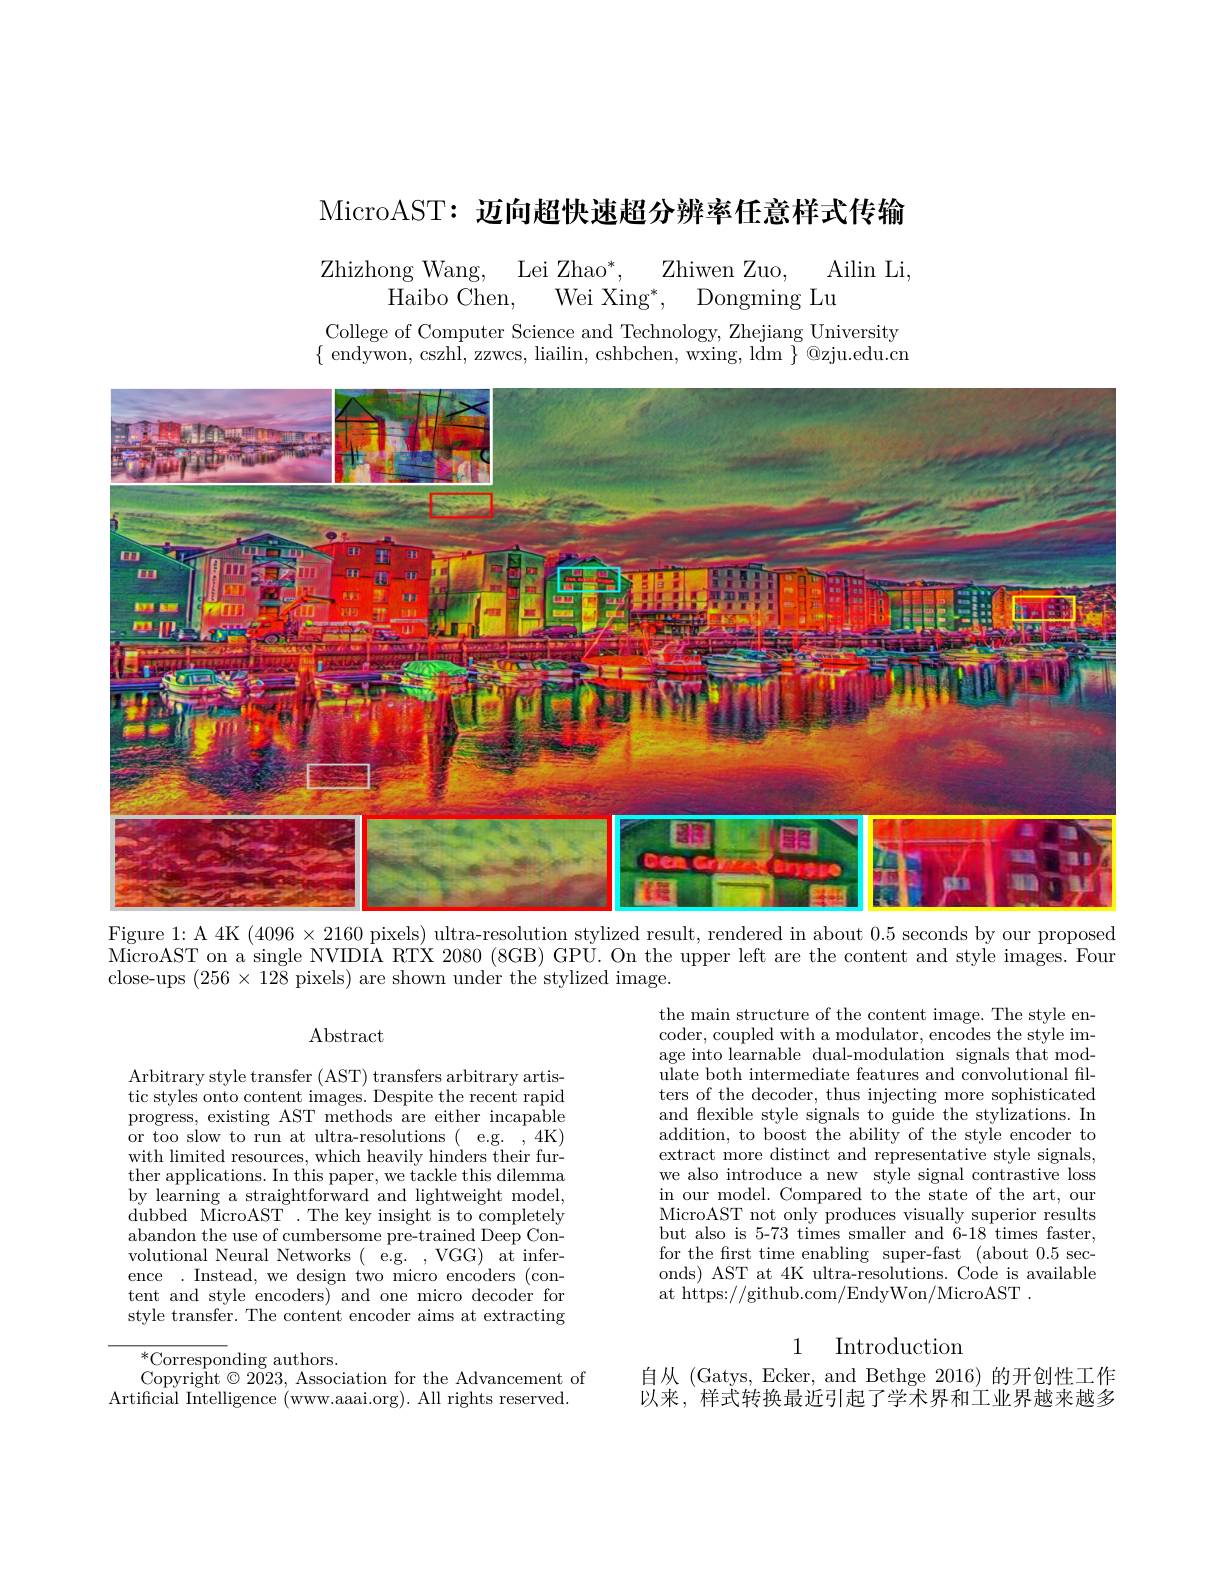
MicroAST: 迈向超快速超分辨率任意样式传输

$\begin{array}{c}{\mathrm{Zhizhong~Wang,~Lei~Zhao^{*},~Zhiwen~Zuo,~Ailin~Li,}}\\{\mathrm{Haibo~Chen,~Wei~Xing^{*},~Dongming~Lu}}\end{array}$

College of Computer Science and Technology, Zhejiang University $\{$ endywon, cszhl, zzwcs, liailin, cshbchen, wxing, ldm $\}$ @zju.edu.cn

<FigureHere>
Figure 1: A 4K $(4096\times2160$ pixels) ultra-resolution stylized result, rendered in about 0.5 seconds by our proposed

$\bar{\text{MicroAST on a single NVIDIA RTX 2080 (8GB) GPU. On the upper left are the content and style images. Four}}$
close-ups $(256\times128$ pixels) are shown under the'stylized image.

$\operatorname{Abstract}$

the main structure of the content image. The style encoder, coupled with a modulator, encodes the style image into learnable dual-modulation signals that mod- $\bar{\text{ulate both intermediate features and convolutional fil-}}$ ters of the decoder, thus injecting more sophisticated and flexible style signals to guide the stylizations. In addition, to boost the ability of the style encoder to extract more distinct and representative style signals, we also introduce a new style signal contrastive loss in our model. Compared to the state of the art, oun MicroAST not only produces visually superior results but also is 5-73 times smaller and 6-18 times faster, for the first time enabling super-fast (about 0.5 seconds) AST at 4K ultra-resolutions. Code is available at https://github.com/EndyWon/MicroAST

Arbitrary style transfer (AST) transfers arbitrary artistic styles onto content images. Despite the recent rapid progress, existing AST methods are either incapable or too slow to run at ultra-resolutions ( e.g. , 4K) with limited resources, which heavily hinders their further applications. In this paper, we tackle this dilemma by learning a straightforward and lightweight model, dubbed MicroAST . The key insight is to completely abandon the use of cumbersome pre-trained Deep Convolutional Neural Networks( e.g. ,VGG) at inference . Instead, we design two micro encoders (content and style encoders) and one micro decoder for style transfer. The content encoder aims at extracting

1 Introduction

$^*$Corresponding authors.
Copyright $\otimes2023$, Association for the Advancement of
Artificial Intelligence (www.aaai.org). All rights reserved.

自从 (Gatys, Ecker, and Bethge 2016) 的开创性工作以来，样式转换最近引起了学术界和工业界越来越多